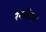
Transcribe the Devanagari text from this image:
रेनडियरों